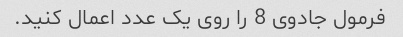
فرمول جادوی 8 را روی یک عدد اعمال کنید.